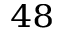
^ { 4 8 }